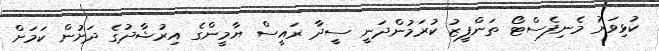
ކުޅިވަރު މެނިފެސްޓޯ ތަންފީޒު ކުރަމުންދަނީ ސީދާ ރައީސް ޔާމީންގެ އިރުޝާދުގެ ދަށުން ކަމަށް